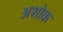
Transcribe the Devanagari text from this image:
अशोक